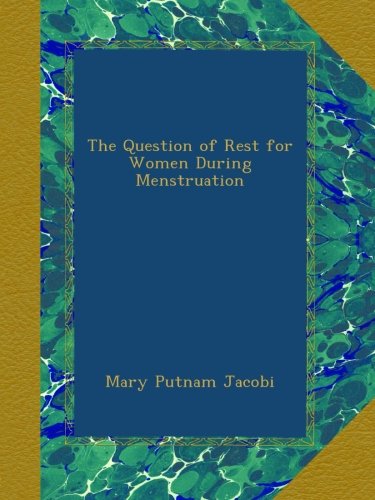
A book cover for The Question of Rest for Women During Menstruation; Mary Putnam Jacobi; Health, Fitness & Dieting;